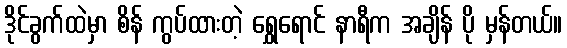
ဒိုင်ခွက်ထဲမှာ စိန် ကွပ်ထားတဲ့ ရွှေရောင် နာရီက အချိန် ပို မှန်တယ်။